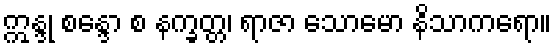
ဣန္ဒု စန္ဒော စ နက္ခတ္တ၊ ရာဇာ သောမော နိသာကရော။